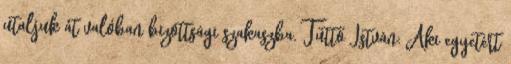
utaljuk át valóban bizottsági szakaszba. Tüttő István: Aki egyetért